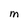
Character: m